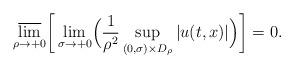
LaTeX: \begin{align*} \varlimsup_{\rho \to +0} \biggl[ \, \lim_{\sigma \to +0} \Bigl( \frac{1}{\rho^2} \sup_{(0,\sigma) \times D_{\rho}}|u(t,x)| \Bigr) \biggr] = 0.\end{align*}